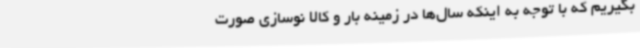
بگیریم که با توجه به اینکه سال‌ها در زمینه بار و کالا نوسازی صورت